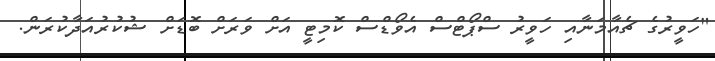
"ހަވީރުގެ ޗެއާމަނާއި ހަވީރު ސްޕޯޓްސް އެވޯޑްސް ކޮމިޓީ އަށް ވަރަށް ބޮޑަށް ޝުކުރުއަދާކުރަން.